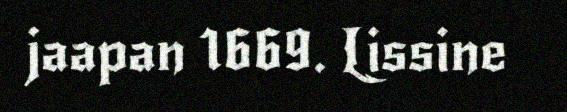
jaapan 1669. Lissine